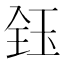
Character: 𬍟